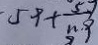
5 9 + \frac { 5 7 } { n \cdot 9 }